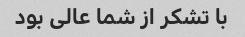
با تشکر از شما عالی بود